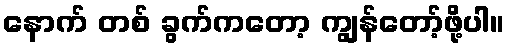
နောက် တစ် ခွက်ကတော့ ကျွန်တော့်ဖို့ပါ။